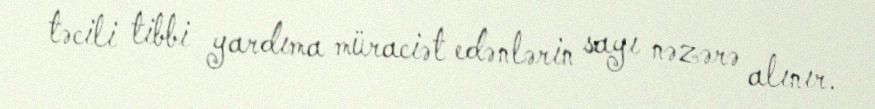
təcili tibbi yardıma müraciət edənlərin sayı nəzərə alınır.